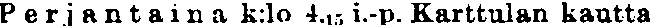
Perjantaina k:lo 4,15, i.-p. Karttulan kautta